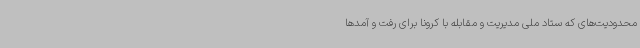
محدودیت‌های که ستاد ملی مدیریت و مقابله با کرونا برای رفت و آمدها